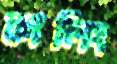
কালিং